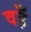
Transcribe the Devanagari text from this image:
वहँ